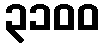
၃၁၀၀